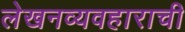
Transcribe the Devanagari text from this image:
लेखनव्यवहाराची